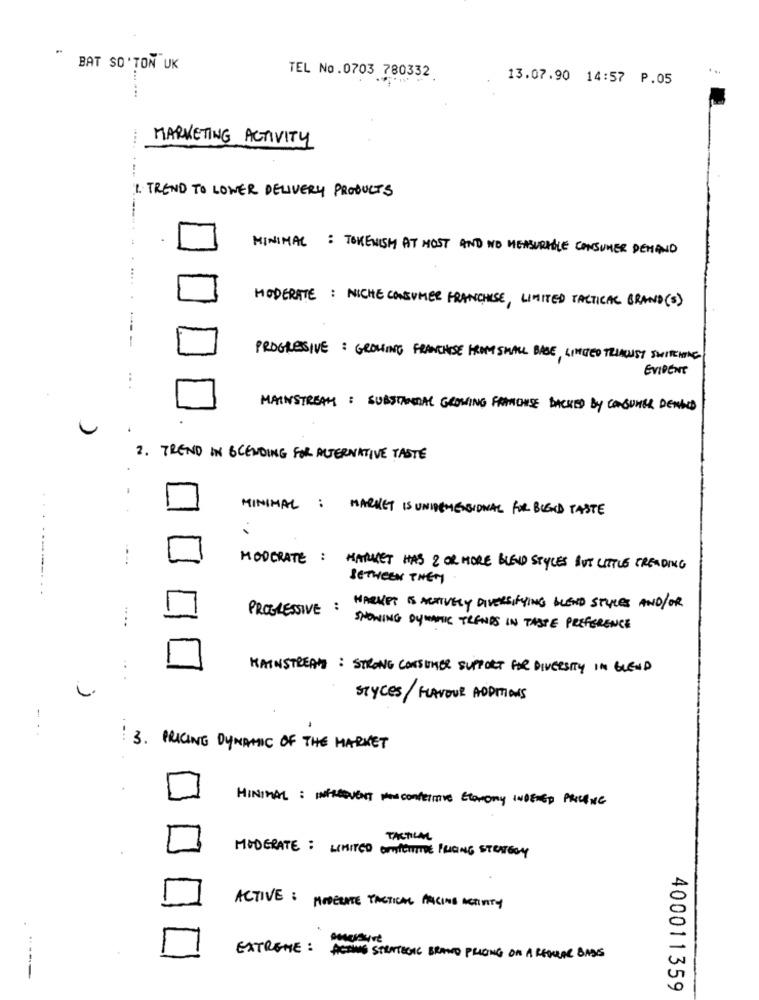
BAT SO' TON UK
. ..
TEL No.0703 780332
13.07.90 14:57 P.05
MARKETING ACTIVITY
1. TREND TO LOWER DELIVERY PRODUCTS
MINIMAL : TOKENISH AT MOST AND NO MEASURABLE CONSUMER DEMAND
MODERATE : NICHE CONSUMER FRANCHISE, LIMITED TACTICAL BRAND(8)
1
F
PROGRESSIVE : GROWING FRANCHISE HAM SMALL BASE, LIMITED TRINKUST SWITCHING
EVIDENT
:
MAINSTREAM : SUBSTANTIAL GROWING FRANCHISE BACKED BY CONSUMER DENGID
2. TREND IN BLENDING FOR ALTERNATIVE TASTE
MINIMAL : MARKET IS UNIDEMENSIONAL FOR BLEND TASTE
---.
MODERATE : MARKET HAS 2 OR MORE BLEND STYLES BUT LITTLE TREADING
BETWEEN THEM
....----...
PROGRESSIVE : HARKET IS ACTIVELY DIVERSIFYING BLEND STYLES AND/OR
....
-
SHOWING DYNAMIC TRENDS IN TASTE PREFERENCE
MAINSTREAM : STRONG CONSUMER SUPPORT FOR DIVERSITY IN GLEND
...
L
STYCES/FLAVOUR ADDITIONS
. .
3. PRICING DYNAMIC OF THE MARKET
MINIMAL : INFREQUENT MANCOMPETITIVE ECONOMY INDERED PRICING
TACTICAL
MODERATE : LIMITED CONICHISTHE PRICING STRATEGY
ACTIVE : MODERATE TACTICAL ANCING ACTIVITY
EXTREME: ACTING STRATEGIC BRAND PRICING ON A REGULAR BASIS
400011359